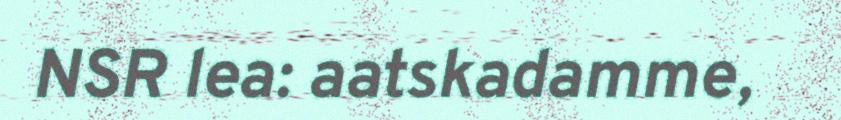
NSR lea: aatskadamme,